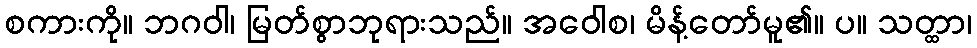
စကားကို။ ဘဂဝါ၊ မြတ်စွာဘုရားသည်။ အဝေါစ၊ မိန့်တော်မူ၏။ ပ။ သတ္ထာ၊